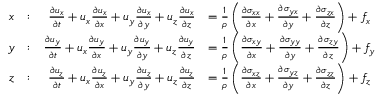
{ \begin{array} { r l r l } { x } & { : } & { { \frac { \partial u _ { x } } { \partial t } } + u _ { x } { \frac { \partial u _ { x } } { \partial x } } + u _ { y } { \frac { \partial u _ { x } } { \partial y } } + u _ { z } { \frac { \partial u _ { x } } { \partial z } } } & { = { \frac { 1 } { \rho } } \left( { \frac { \partial \sigma _ { x x } } { \partial x } } + { \frac { \partial \sigma _ { y x } } { \partial y } } + { \frac { \partial \sigma _ { z x } } { \partial z } } \right) + f _ { x } } \\ { y } & { : } & { { \frac { \partial u _ { y } } { \partial t } } + u _ { x } { \frac { \partial u _ { y } } { \partial x } } + u _ { y } { \frac { \partial u _ { y } } { \partial y } } + u _ { z } { \frac { \partial u _ { y } } { \partial z } } } & { = { \frac { 1 } { \rho } } \left( { \frac { \partial \sigma _ { x y } } { \partial x } } + { \frac { \partial \sigma _ { y y } } { \partial y } } + { \frac { \partial \sigma _ { z y } } { \partial z } } \right) + f _ { y } } \\ { z } & { : } & { { \frac { \partial u _ { z } } { \partial t } } + u _ { x } { \frac { \partial u _ { z } } { \partial x } } + u _ { y } { \frac { \partial u _ { z } } { \partial y } } + u _ { z } { \frac { \partial u _ { z } } { \partial z } } } & { = { \frac { 1 } { \rho } } \left( { \frac { \partial \sigma _ { x z } } { \partial x } } + { \frac { \partial \sigma _ { y z } } { \partial y } } + { \frac { \partial \sigma _ { z z } } { \partial z } } \right) + f _ { z } } \end{array} }